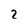
Character: 2